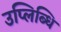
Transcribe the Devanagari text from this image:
उप्लिब्धि